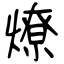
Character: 燎